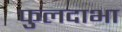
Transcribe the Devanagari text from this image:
फुलदाभा